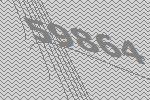
59864